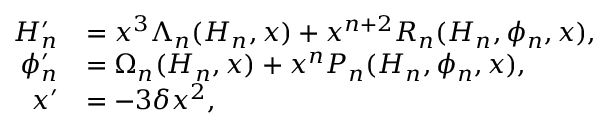
\begin{array} { r l } { { H } _ { n } ^ { \prime } } & { = x ^ { 3 } \Lambda _ { n } ( H _ { n } , x ) + x ^ { n + 2 } R _ { n } ( H _ { n } , \phi _ { n } , x ) , } \\ { \phi _ { n } ^ { \prime } } & { = \Omega _ { n } ( H _ { n } , x ) + x ^ { n } P _ { n } ( H _ { n } , \phi _ { n } , x ) , } \\ { x ^ { \prime } } & { = - 3 \delta x ^ { 2 } , } \end{array}